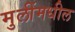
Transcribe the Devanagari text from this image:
मुलींमधील